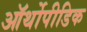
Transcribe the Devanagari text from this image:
ऑर्थोपीडिक